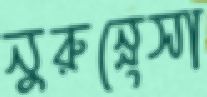
নুরুন্নেসা